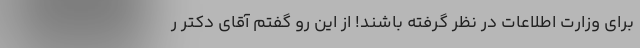
برای وزارت اطلاعات در نظر گرفته باشند! از این رو گفتم آقای دکتر ر